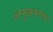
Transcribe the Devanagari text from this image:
अनुक्रमाच्या